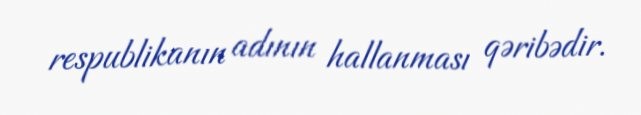
respublikanın adının hallanması qəribədir.